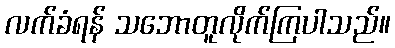
လက်ခံရန် သဘောတူလိုက်ကြပါသည်။